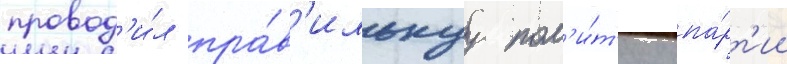
провод'и́л пра́в'ильнуу пол'и́т'ику па́рт'ии